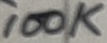
Text: 100K